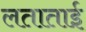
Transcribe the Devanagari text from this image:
लताताई